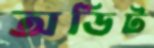
অডিট